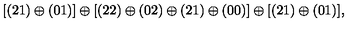
[ ( 2 1 ) \oplus ( 0 1 ) ] \oplus [ ( 2 2 ) \oplus ( 0 2 ) \oplus ( 2 1 ) \oplus ( 0 0 ) ] \oplus [ ( 2 1 ) \oplus ( 0 1 ) ] ,